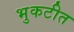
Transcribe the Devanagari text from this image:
भुकटीत